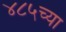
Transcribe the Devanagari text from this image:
४८५च्या